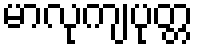
မာလုကျပုတ္တ